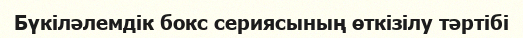
Бүкiләлемдiк бокс сериясының өткiзiлу тәртiбi